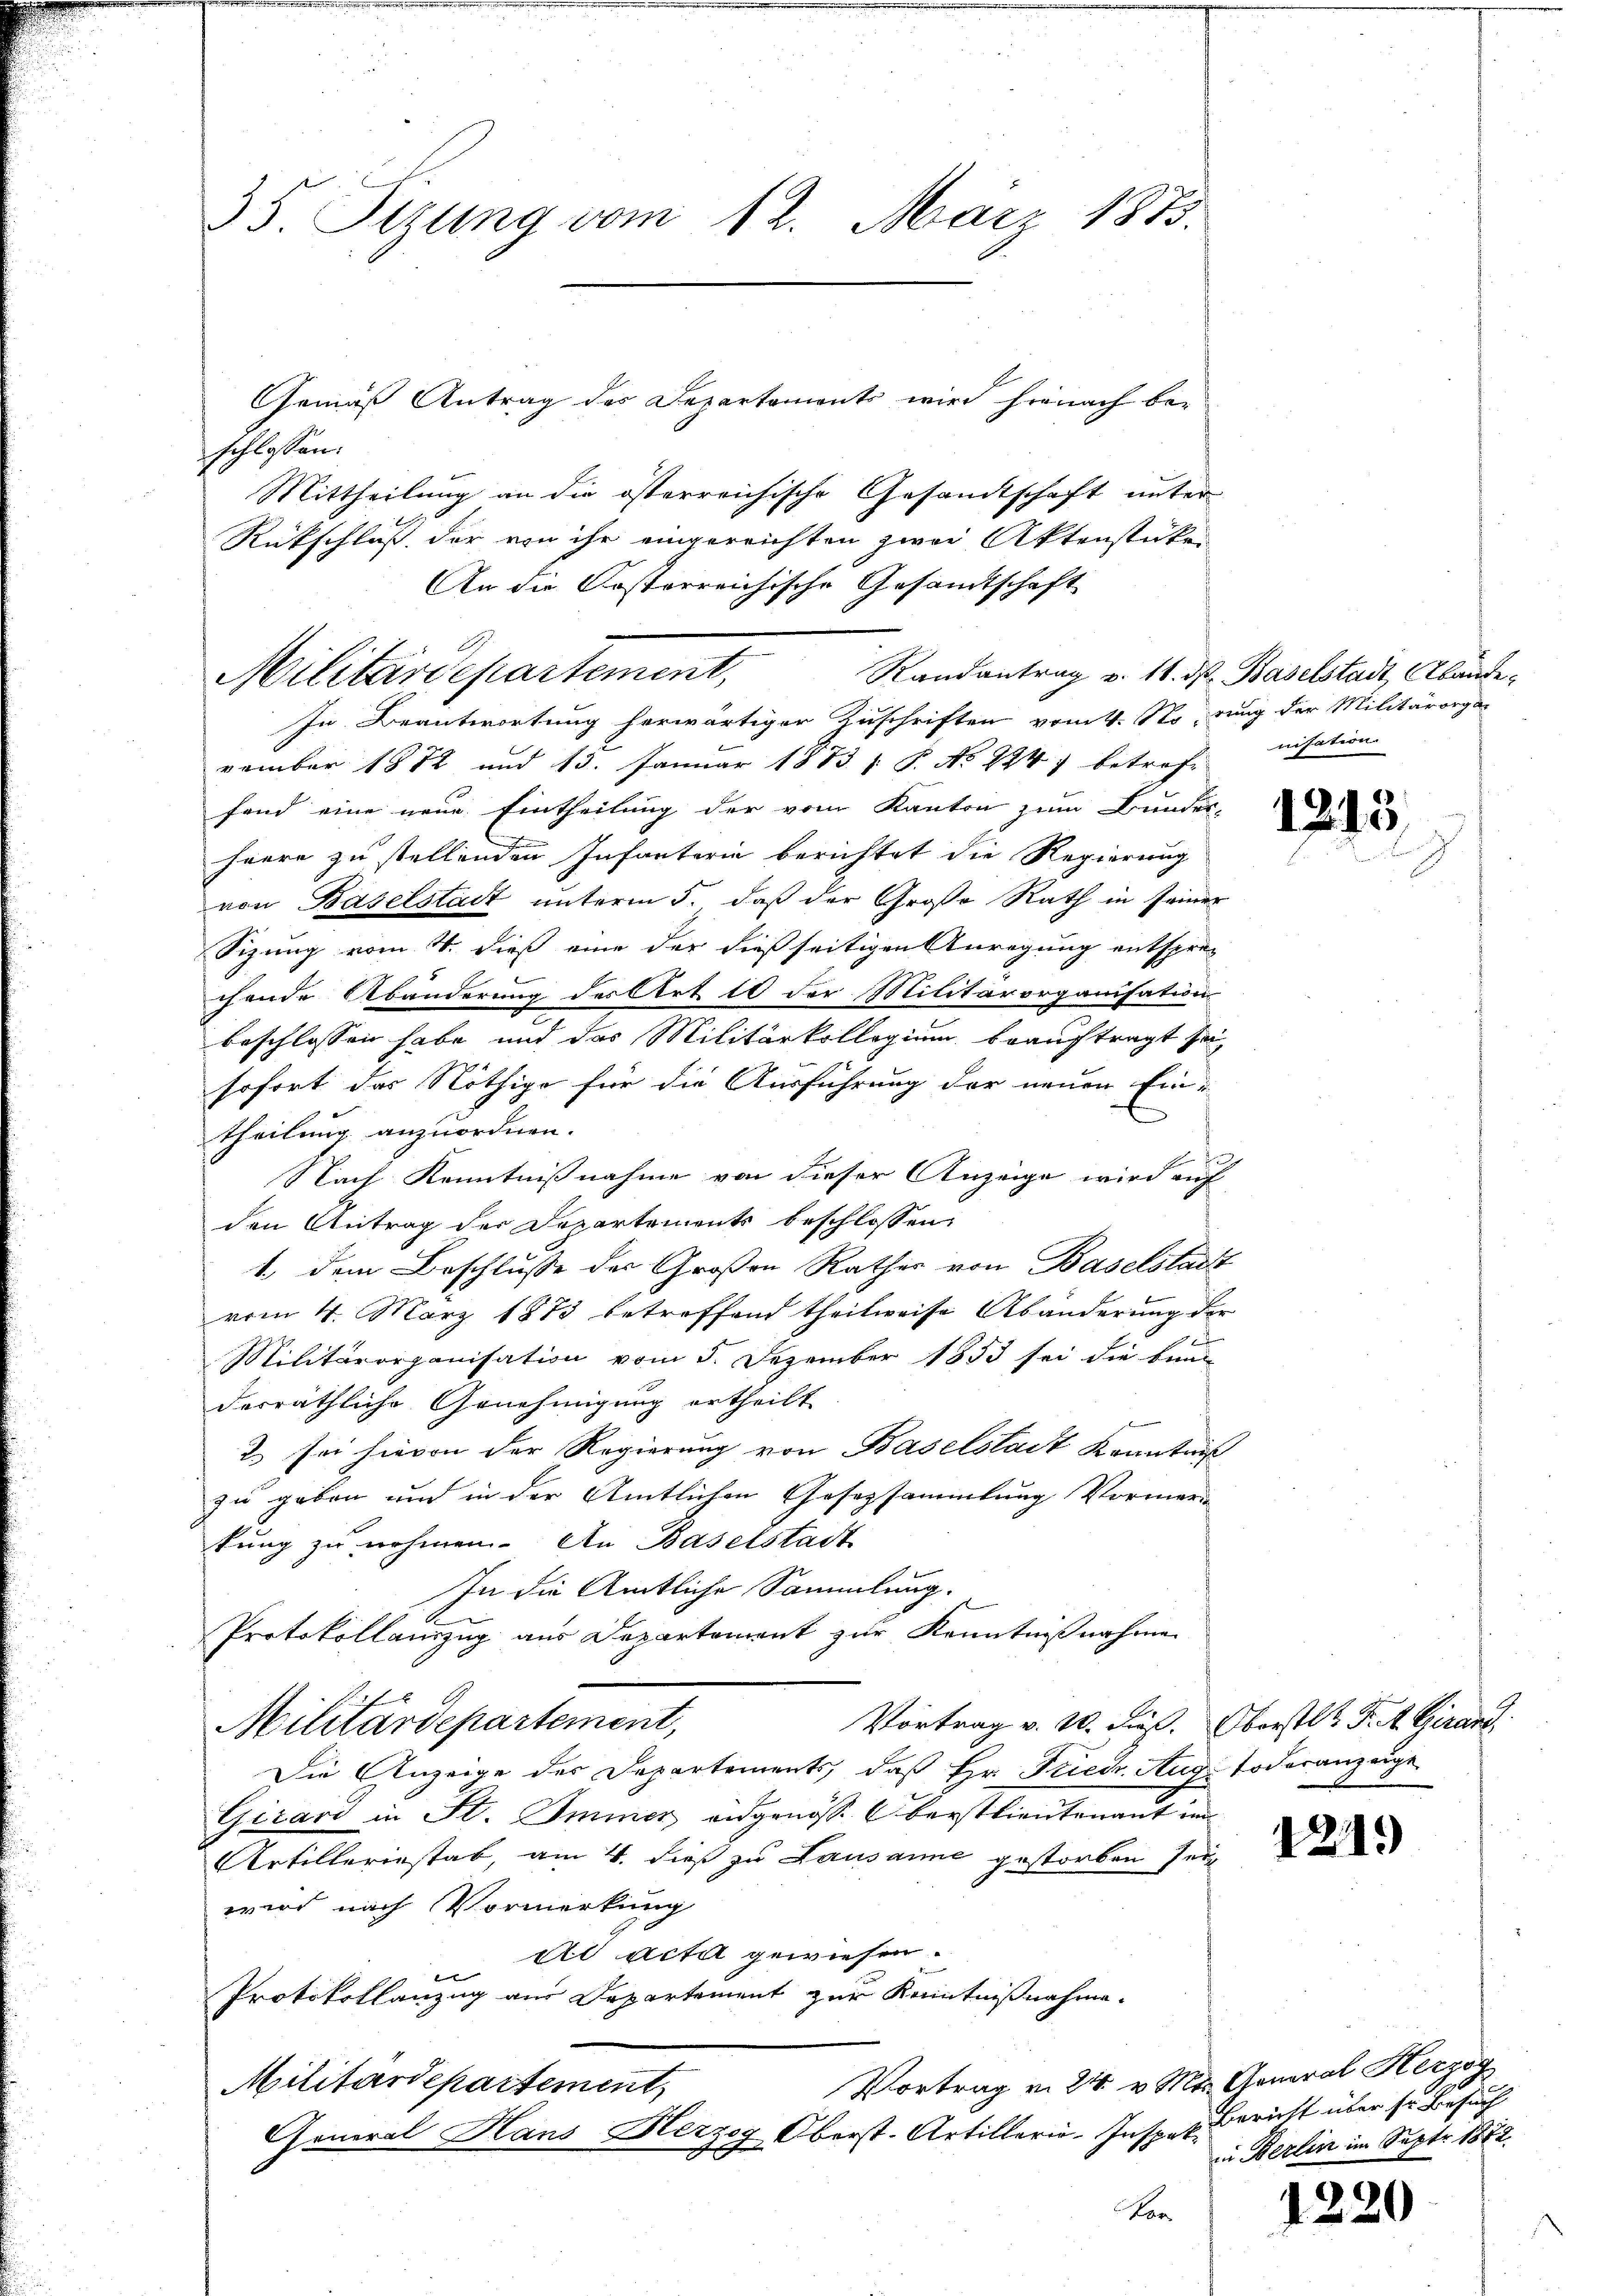
35. Sizung vom 12. März 1873.

Gemäß Antrag des Departements wird hienach beschlossen:
Mittheilung an die österreichische Gesandtschaft unter
Rückschluß der von ihr eingereichten zwei Aktenstücke
An die Kosterreichische Gesandtschaft
In Beantwortung herwärtiger Zuschriften vom 4. Noirung der Militärorga
vember 1872 und 13. Januar 1883 (: P. No 2941 betreff
fand eine neue Eintheilung der vom Kanton zum Bundes-
heere zu stellenden Infanterie berichtet die Regierung
von Baselstadt unterm 5. daß der Große Rath in seiner
Sizung vom 4. dieß eine der dießseitigen Anregung entspre-
chende Abänderung des Art 10 der Militärorganisations
beschlossen habe und das Militärkollegium beauftragt sei
sofort das Nöthige für die Ausführung der neuen Ein-
theilung anzuordnen.
Nach Kenntnißnahme von dieser Anzeige wird auf
den Antrag der Departements beschlossen:
1., dem Beschlusse des Großen Rathes von Baselstadt
vom 4. März 1873 betreffend theilweise Abänderung der
1
Militärorganisation vom 5. Dezember 1853 sei die ben
derräthliche Genehmigung ertheilt

2. sei hievon der Regierung von Baselstadt Kenntniß
zu geben und in der Amtlichen Gesetzsammlung Vormerk
tung zu nehmen. An Baselstadt
In die Amtliche Sammlung.
Protokollauszug aus Departement zur Kenntnißnahmen
Vortrag v. 10. dieß. Oberstl. F. A. Girard
Militärdepartement,
Die Anzeige des Departements, daß Hr. Fried. Auge Todesanzeige
Girard in St. Immer, angenöss. Oberstlieutenant un
Artilleriestab, am 4. dieß zu Lausanne gestorben sei
wird nach Vormerkung
ds acta gewiesen.
e
Protokollanzug aus Departement zur Kenntnißnahme.
Vortrag v. 24. v. Mts. General Herzog
Militärdepartement,
General Hans Herzog Oberst-Artillerie-Inspeke
For

Militärdepartement,

Randantrag v. 18. ds. Baselstadt, Abändenisation

1315.

121.)

Bericht über sr. Besuch
in Berlin im Sept 1872.

220